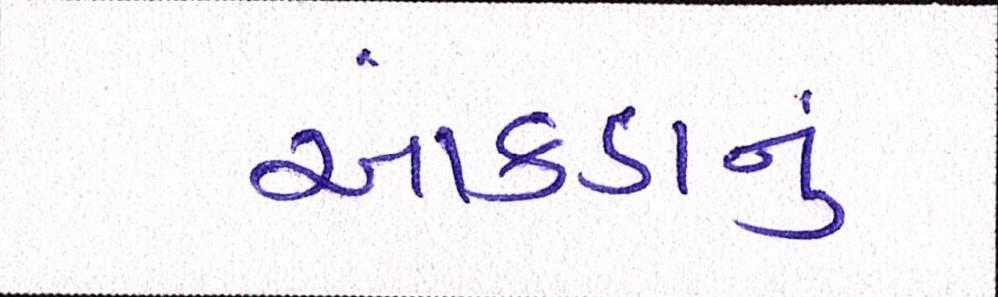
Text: આંકડાનું